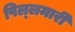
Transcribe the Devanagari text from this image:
पिल्‍लमार्री